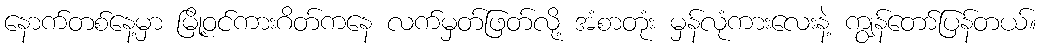
နောက်တစ်နေ့မှာ မြို့ဝင်ကားဂိတ်ကနေ လက်မှတ်ဖြတ်လို့ အံစာတုံး မှန်လုံကားလေးနဲ့ ကျွန်တော်ပြန်တယ်။